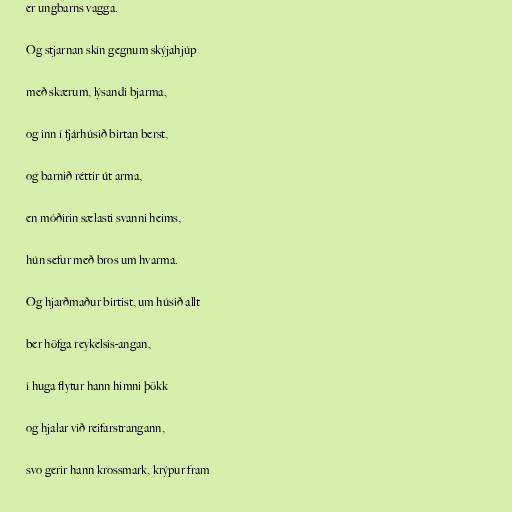
er ungbarns vagga.

Og stjarnan skín gegnum skýjahjúp

með skærum, lýsandi bjarma,

og inn í fjárhúsið birtan berst,

og barnið réttir út arma,

en móðirin sælasti svanni heims,

hún sefur með bros um hvarma.

Og hjarðmaður birtist, um húsið allt

ber höfga reykelsis-angan,

í huga flytur hann himni þökk

og hjalar við reifarstrangann,

svo gerir hann krossmark, krýpur fram